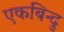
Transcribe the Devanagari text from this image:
एकबिन्दु